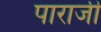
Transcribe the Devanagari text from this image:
पाराजी